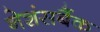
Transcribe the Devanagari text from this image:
नेशंसबैंक